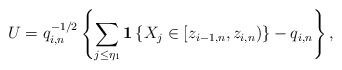
\begin{align*}U=q_{i,n}^{-1/2}\left\{ \sum_{j\leq \eta _{1}}{\bf 1}\left\{ X_{j}\in[z_{i-1,n},z_{i,n})\right\} -q_{i,n}\right\} , \end{align*}